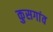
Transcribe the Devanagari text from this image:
कुसगांव